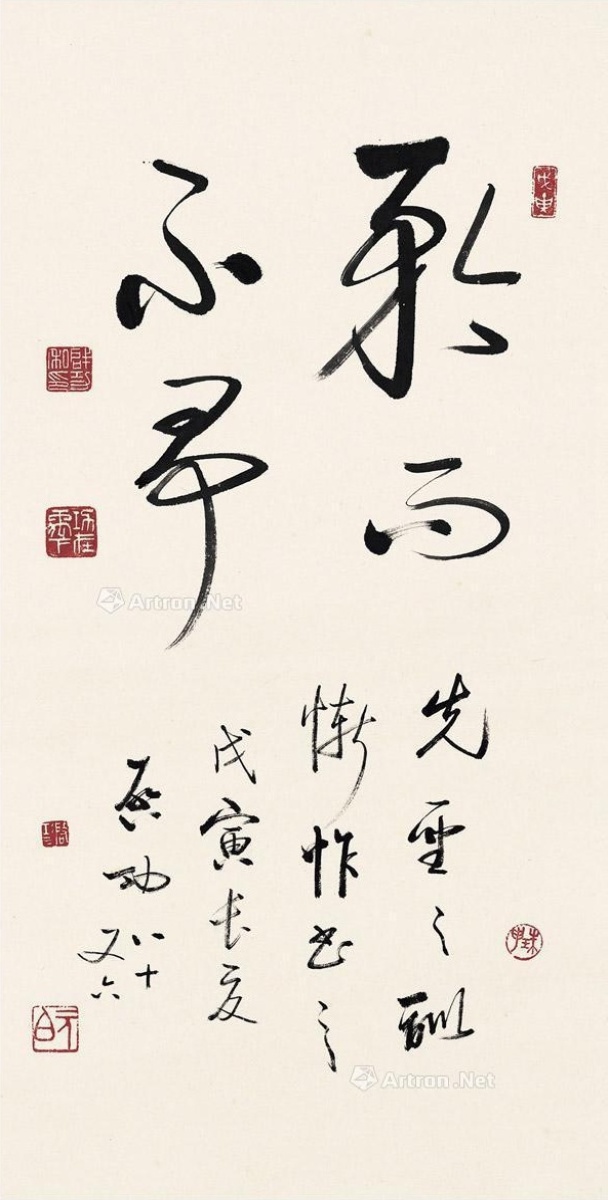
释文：矜而不争。先圣之训，惭怍书之。戊寅长夏，启功八十又六。